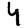
Digit: 4